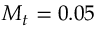
M _ { t } = 0 . 0 5